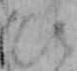
ひ